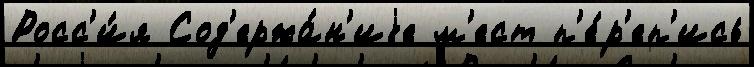
Росс'и́я Сод'ержа́н'иjе м'ест п'е́р'еп'ись